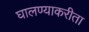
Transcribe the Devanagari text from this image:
घालण्याकरीता